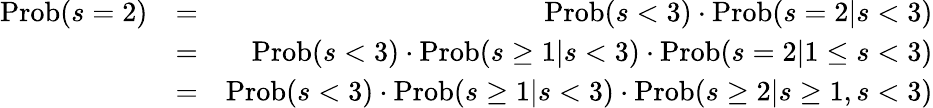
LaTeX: \begin{array}{rlr}{\mathrm{Prob}(s=2)}&{=}&{\mathrm{Prob}(s<3)\cdot\mathrm{Prob}(s=2|s<3)}\\ &{=}&{\mathrm{Prob}(s<3)\cdot\mathrm{Prob}(s\ge 1|s<3)\cdot\mathrm{Prob}(s=2|1\le s<3)}\\ &{=}&{\mathrm{Prob}(s<3)\cdot\mathrm{Prob}(s\ge 1|s<3)\cdot\mathrm{Prob}(s\ge 2|s\ge 1,s<3)}\end{array}